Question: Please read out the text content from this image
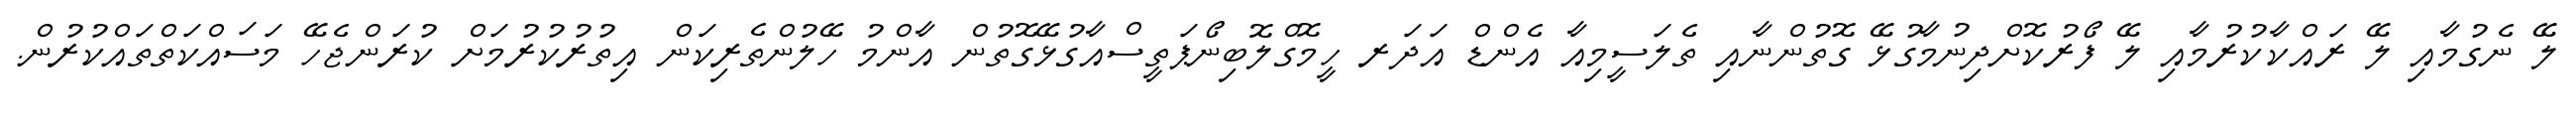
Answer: ލޭ ނެގުމާއި ލޭ ރައްކާކުރުމާއި ލޭ ފޯރުކޮށްދިނުމާގުޅޭ ގޮތުންނާއި ތެލަސީމިއާ އެންޑް އަދަރ ހީމޮގްލޮބިނޯޕަތީސްއާގުޅޭގޮތުން އާންމު ހޭލުންތެރިކަން އިތުރުކުރުމަށް ކުރަންޖެހޭ މަސައްކަތްތައްކުރުން.